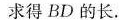
求得BD的长。